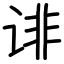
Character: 诽